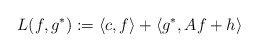
\begin{align*}L(f, g^*):= \langle c, f\rangle + \langle g^*, Af + h\rangle\end{align*}